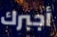
أجبرك